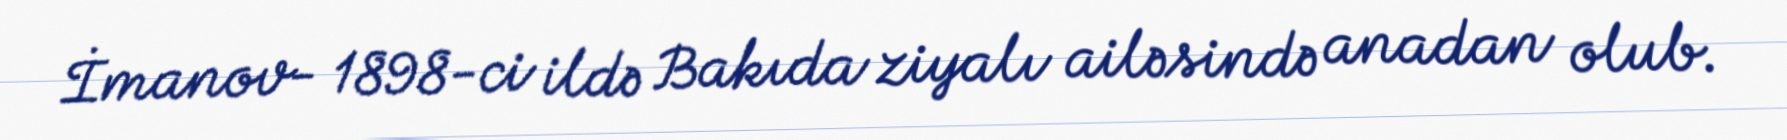
İmanov- 1898-ci ildə Bakıda ziyalı ailəsində anadan olub.